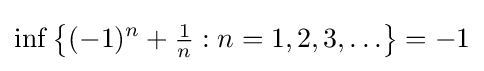
\inf \left\{(-1)^{n}+{\tfrac {1}{n}}:n=1,2,3,\ldots \right\}=-1